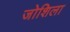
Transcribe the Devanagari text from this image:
जोशिला